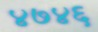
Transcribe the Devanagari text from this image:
४७४६